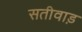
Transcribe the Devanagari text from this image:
सतीवाड़